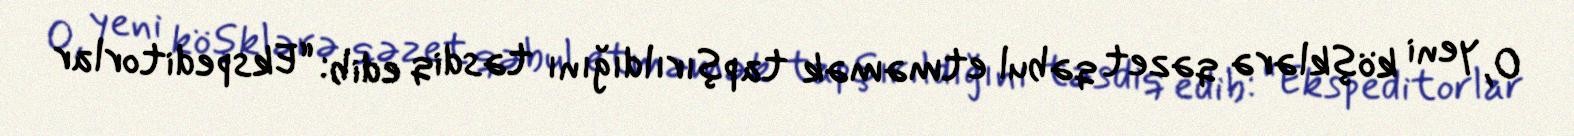
O, yeni köşklərə qəzet qəbul etməmək tapşırıldığını təsdiq edib: “Ekspeditorlar